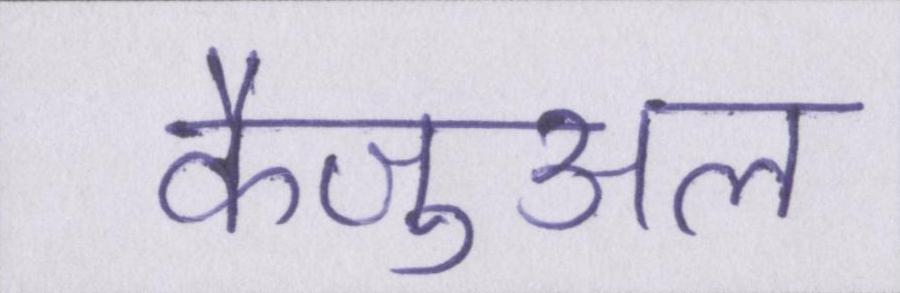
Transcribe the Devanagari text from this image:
कैज़ुअल